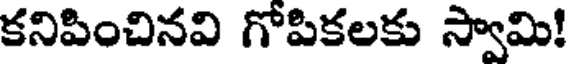
కనిపించినవి గోపికలకు స్వామి!